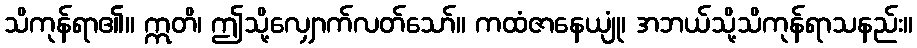
သိကုန်ရာ၏။ ဣတိ၊ ဤသို့လျှောက်လတ်သော်။ ကထံဇာနေယျုံ၊ အဘယ်သို့သိကုန်ရာသနည်း။